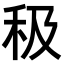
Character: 𥝥